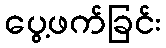
ပွေ့ဖက်ခြင်း